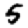
Digit: 5